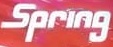
Spring